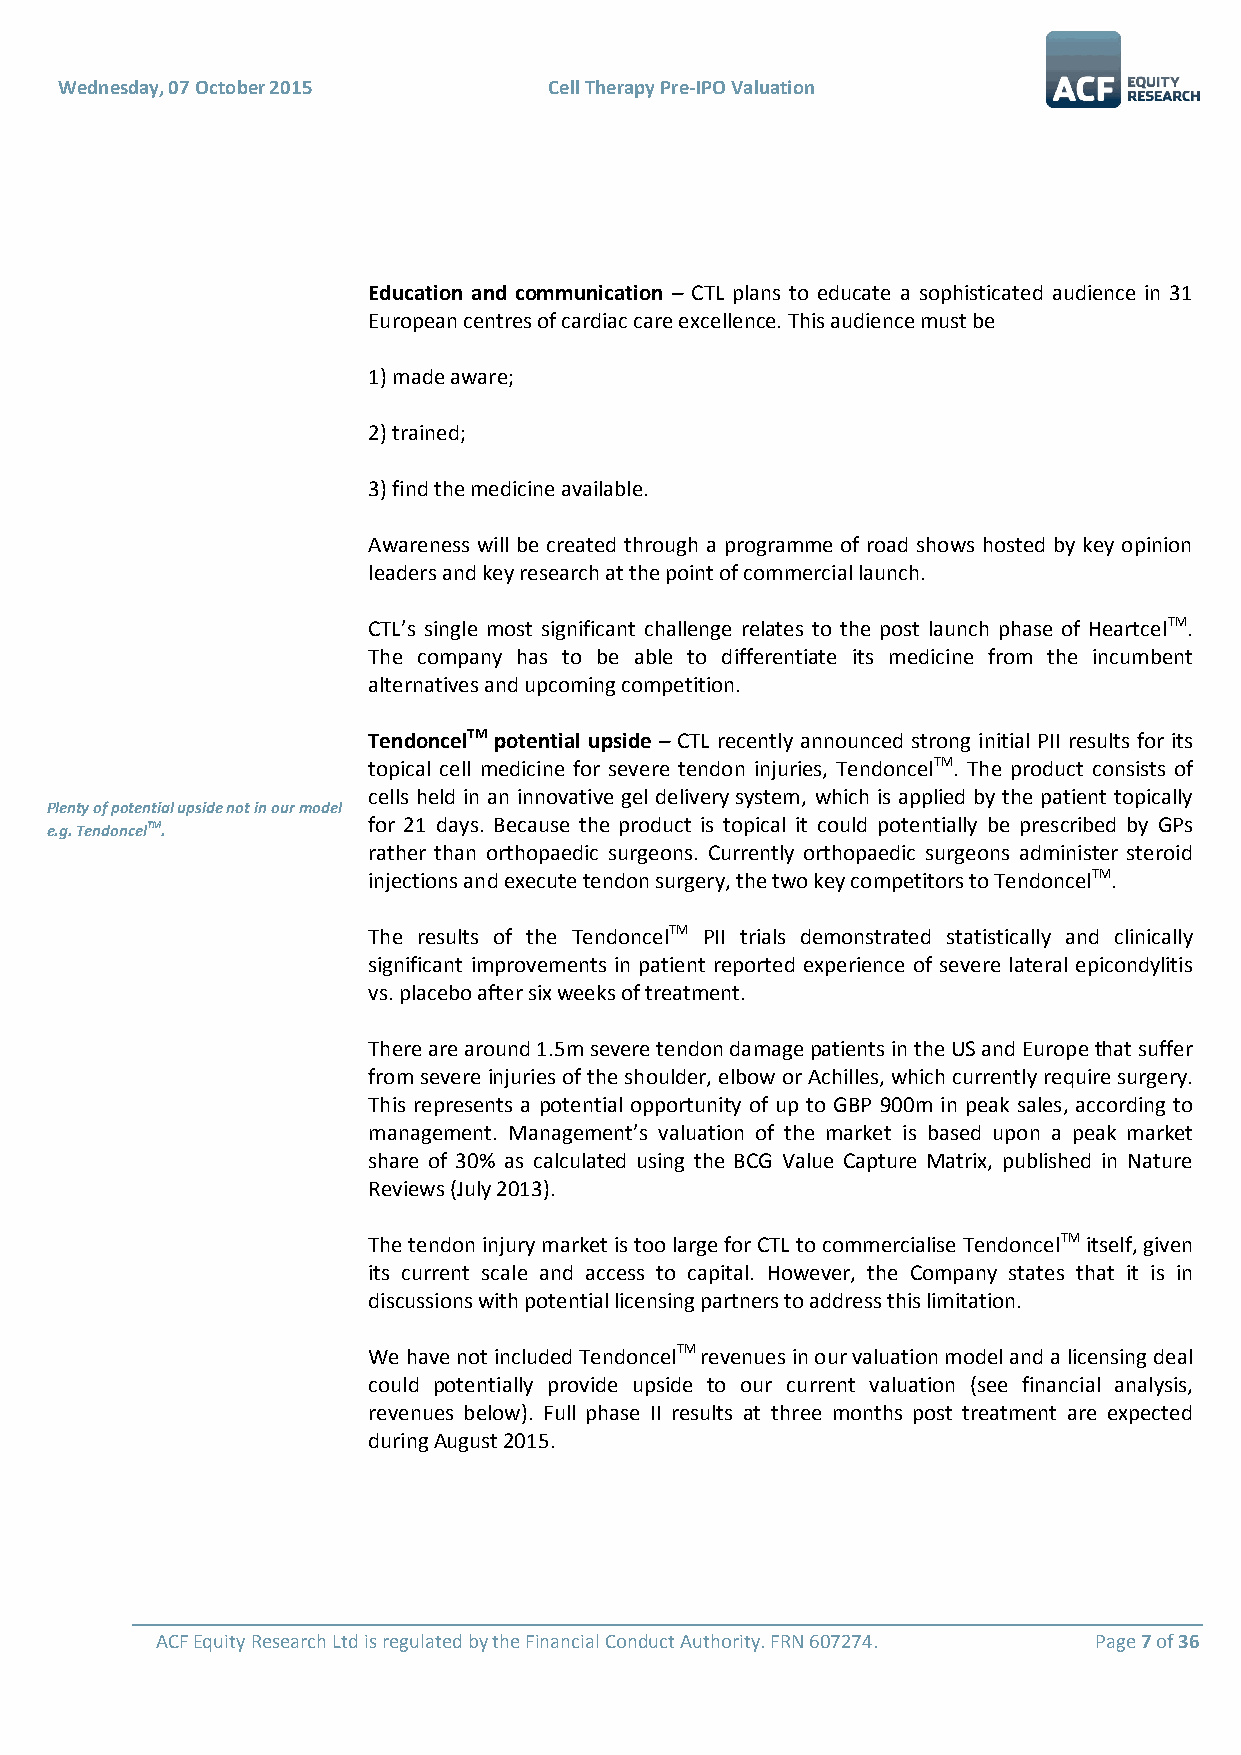
Wednesday, 07 October 2015      Cell Therapy Pre-IPO Valuation
 Education and communication – CTL plans to educate a sophisticated audience in 31
 European centres of cardiac care excellence. This audience must be
 1) made aware;
 2) trained;
 3) find the medicine available.
 Awareness will be created through a programme of road shows hosted by key opinion
 leaders and key research at the point of commercial launch.
 CTL’s single most significant challenge relates to the post launch phase of HeartcelTM.
 The company has to be able to differentiate its medicine from the incumbent
 alternatives and upcoming competition.
 TendoncelTM potential upside – CTL recently announced strong initial PII results for its
 topical cell medicine for severe tendon injuries, TendoncelTM. The product consists of
 cells held in an innovative gel delivery system, which is applied by the patient topically
 Plenty of potential upside not in our model
 e.g. TendoncelTM.    for 21 days. Because the product is topical it could potentially be prescribed by GPs
 rather than orthopaedic surgeons. Currently orthopaedic surgeons administer steroid
 injections and execute tendon surgery, the two key competitors to TendoncelTM.
 The results of the TendoncelTM PII trials demonstrated statistically and clinically
 significant improvements in patient reported experience of severe lateral epicondylitis
 vs. placebo after six weeks of treatment.
 There are around 1.5m severe tendon damage patients in the US and Europe that suffer
 from severe injuries of the shoulder, elbow or Achilles, which currently require surgery.
 This represents a potential opportunity of up to GBP 900m in peak sales, according to
 management. Management’s valuation of the market is based upon a peak market
 share of 30% as calculated using the BCG Value Capture Matrix, published in Nature
 Reviews (July 2013).
 The tendon injury market is too large for CTL to commercialise TendoncelTM itself, given
 its current scale and access to capital. However, the Company states that it is in
 discussions with potential licensing partners to address this limitation.
 We have not included TendoncelTM revenues in our valuation model and a licensing deal
 could potentially provide upside to our current valuation (see financial analysis,
 revenues below). Full phase II results at three months post treatment are expected
 during August 2015.
 ACF Equity Research Ltd is regulated by the Financial Conduct Authority. FRN 607274. Page 7 of 36